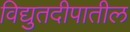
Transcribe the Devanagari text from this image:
विद्युतदीपातील